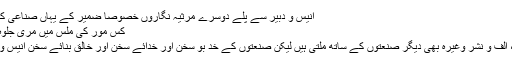
انیس و دبیر سے پلے دوسرے مرثیہ نگاروں خصوصاً ضمیر کے یہاں صناعی کا حُسن ہے
کس مور کی ملس میں مری جلوہ گری ہے
میں مثالیہ، الف و نشر وغیرہ بھی دیگر صنعتوں کے ساتھ ملتی ہیں لیکن صنعتوں کے خد بو سخن اور خدائے سخن اور خالق بنائے سخن انیس و دبیر ہیں ۔